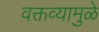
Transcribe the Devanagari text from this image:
वक्तव्यामुळे